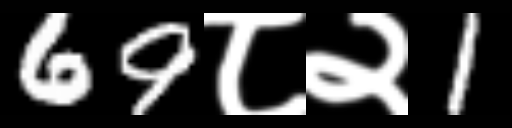
Text: 69८२1